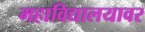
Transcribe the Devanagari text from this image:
महाविद्यालयावर